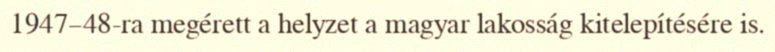
1947–48-ra megérett a helyzet a magyar lakosság kitelepítésére is.